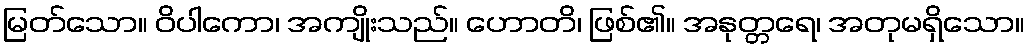
မြတ်သော။ ဝိပါကော၊ အကျိုးသည်။ ဟောတိ၊ ဖြစ်၏။ အနုတ္တရေ၊ အတုမရှိသော။